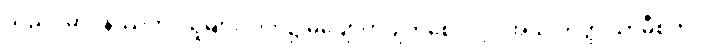
သည်။ မာဝိနဿတု၊ သူများလက်၌ မပျောက်ပျက်စေလင့်။ အယံ တတ္ထ သာမီစိတိ၊